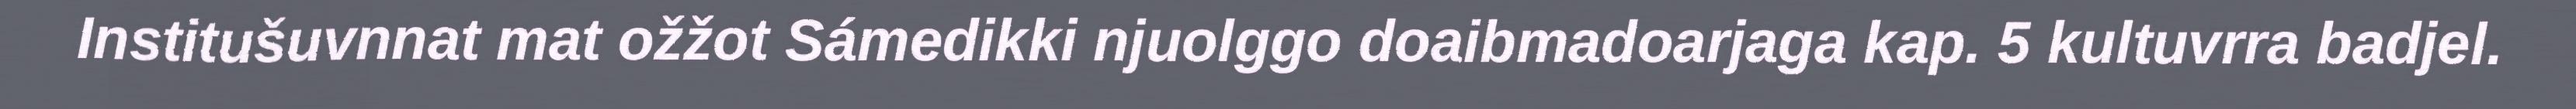
Institušuvnnat mat ožžot Sámedikki njuolggo doaibmadoarjaga kap. 5 kultuvrra badjel.